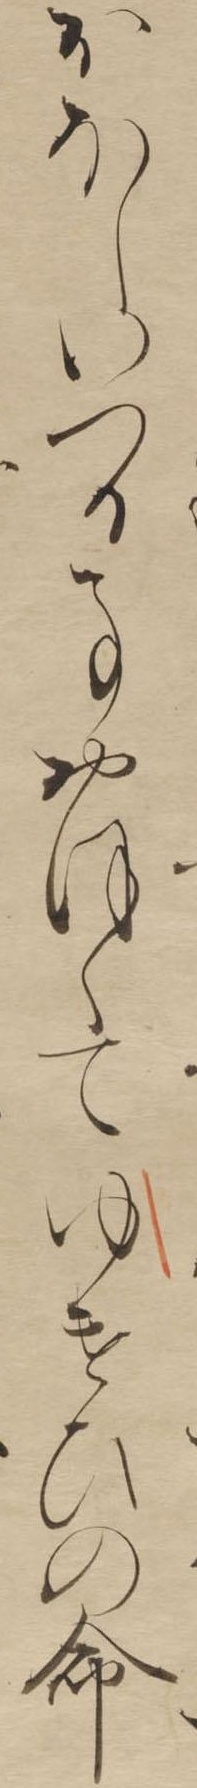
おほしいつる事おほくてゆけひの命